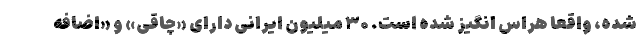
شده، واقعا هراس انگیز شده است. ۳۰ میلیون ایرانی دارای «چاقی» و «اضافه